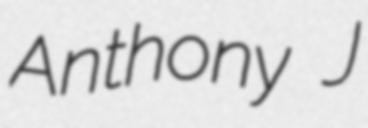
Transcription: Anthony J